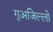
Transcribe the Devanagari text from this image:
गुअजिल्लो